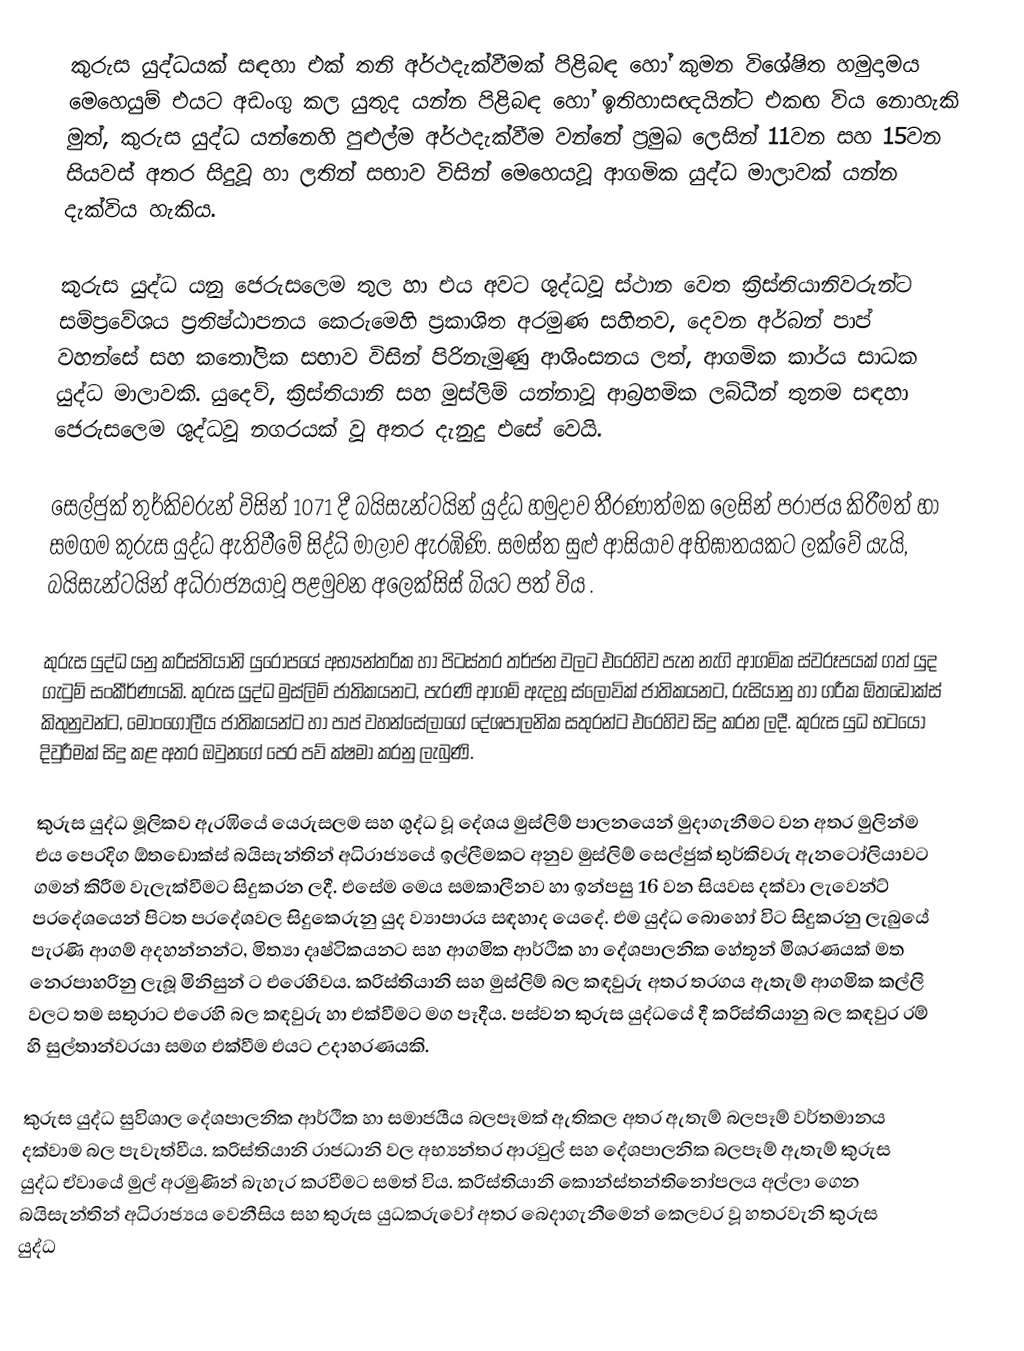
කුරුස යුද්ධයක් සඳහා එක් තනි අර්ථදැක්වීමක් පිළිබඳ හෝ කුමන විශේෂිත හමුදාමය මෙහෙයුම් එයට අඩංගු කල යුතුද යන්න පිළිබඳ හෝ ඉතිහාසඥයින්ට එකඟ විය නොහැකි මුත්, කුරුස යුද්ධ යන්නෙහි පුළුල්ම අර්ථදැක්වීම වන්නේ  ප්‍රමුඛ ලෙසින්  11වන සහ 15වන සියවස් අතර සිදුවූ  හා ලතින් සභාව විසින් මෙහෙයවූ  ආගමික යුද්ධ මාලාවක් යන්න දැක්විය හැකිය.

කුරුස යුද්ධ යනු  ජෙරුසලෙම තුල හා එය  අවට ශුද්ධවූ ස්ථාන වෙත ක්‍රිස්තියානිවරුන්ට සම්ප්‍රවේශය ප්‍රතිෂ්ඨාපනය කෙරුමෙහි ප්‍රකාශිත අරමුණ සහිතව,  දෙවන අර්බන් පාප් වහන්සේ සහ  කතෝලික සභාව විසින් පිරිනැමුණු ආශිංසනය ලත්,  ආගමික කාර්ය සාධක යුද්ධ මාලාවකි. යුදෙව්, ක්‍රිස්තියානි සහ මුස්ලිම් යන්නාවූ ආබ්‍රහමික ලබ්ධීන් තුනම සඳහා ජෙරුසලෙම ශුද්ධවූ නගරයක් වූ අතර දැනුදු එසේ වෙයි.

සෙල්ජුක් තුර්කිවරුන් විසින් 1071 දී  බයිසැන්ටයින් යුද්ධ හමුදාව තීරණාත්මක ලෙසින් පරාජය කිරීමත් හා සමගම  කුරුස යුද්ධ ඇතිවීමේ සිද්ධි මාලාව ඇරඹිණි. සමස්ත  සුළු ආසියාව අභිඝාතයකට ලක්වේ යැයි, බයිසැන්ටයින් අධිරාජ්‍යයාවූ  පළමුවන අලෙක්සිස්  බියට පත් විය .

කුරුස යුද්ධ යනු ක‍්‍රිස්තියානි යුරෝපයේ අභ්‍යන්තරික හා පිටස්තර තර්ජන වලට එරෙහිව පැන නැගි ආගමික ස්වරූපයක් ගත් යුද ගැටුම් සංකීර්ණයකි. කුරුස යුද්ධ මුස්ලිම් ජාතිකයනට, පැරණි ආගම් ඇදහූ ස්ලොවික් ජාතිකයනට, රුසියානු හා ග‍්‍රීක ඕතඩොක්ස් කිතුනුවන්ට, මොංගොලීය ජාතිකයන්ට හා පාප් වහන්සේලාගේ දේශපාලනික සතුරන්ට එරෙහිව සිදු කරන ලදී. කුරුස යුධ භටයෝ දිවුරීමක් සිදු කළ අතර ඔවුනගේ පෙර පව් ක්ෂමා කරනු ලැබුණි.

කුරුස යුද්ධ මූලිකව ඇරඹියේ යෙරුසලම සහ ශුද්ධ වූ දේශය මුස්ලිම් පාලනයෙන් මුදාගැනීමට වන අතර මුලින්ම එය පෙරදිග ඕතඩොක්ස් බයිසැන්තින් අධිරාජ්‍යයේ ඉල්ලීමකට අනුව මුස්ලිම් සෙල්ජුක් තුර්කිවරු ඇනටෝලියාවට ගමන් කිරීම වැලැක්වීමට සිදුකරන ලදී. එසේම මෙය සමකාලීනව හා ඉන්පසු 16 වන සියවස දක්වා ලැවෙන්ට් ප‍්‍රදේශයෙන් පිටත ප‍්‍රදේශවල සිදුකෙරුනු යුද ව්‍යාපාරය සඳහාද යෙදේ. එම යුද්ධ බොහෝ විට සිදුකරනු ලැබුයේ පැරණි ආගම් අදහන්නන්ට, මිත්‍යා දෘෂ්ටිකයනට සහ ආගමික ආර්ථික හා දේශපාලනික හේතූන් මිශ‍්‍රණයක් මත නෙරපාහරිනු ලැබූ මිනිසුන් ට එරෙහිවය. ක‍්‍රිස්තියානි සහ මුස්ලිම් බල කඳවුරු අතර තරගය ඇතැම් ආගමික කල්ලි වලට තම සතුරාට එරෙහි බල කඳවුරු හා එක්වීමට මග පෑදීය. පස්වන කුරුස යුද්ධයේ දී ක‍්‍රිස්තියානු බල කඳවුර රම් හි සුල්තාන්වරයා සමග එක්වීම එයට උදාහරණයකි.

කුරුස යුද්ධ සුවිශාල දේශපාලනික ආර්ථික හා සමාජයීය බලපෑමක් ඇතිකල අතර ඇතැම් බලපෑම් වර්තමානය දක්වාම බල පැවැත්වීය. ක‍්‍රිස්තියානි රාජධානි වල අභ්‍යන්තර ආරවුල් සහ දේශපාලනික බලපෑම් ඇතැම් කුරුස යුද්ධ ඒවායේ මුල් අරමුණින් බැහැර කරවීමට සමත් විය. ක‍්‍රිස්තියානි කොන්ස්තන්තිනෝපලය අල්ලා ගෙන බයිසැන්තින් අධිරාජ්‍යය වෙනීසිය සහ කුරුස යුධකරුවෝ අතර බෙදාගැනීමෙන් කෙලවර වූ හතරවැනි කුරුස යුද්ධ